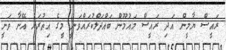
ރައީސް ޔާމީން އަދި ރައީސް މައުމޫން ބައްދަލްކުރައްވަނީ މީގެ އިތުރަށް އޭނާ ވަނީ